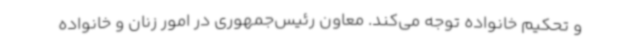
و تحکیم خانواده توجه می‌کند. معاون رئیس‌جمهوری در امور زنان و خانواده